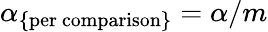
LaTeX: \alpha_{\mathrm{\{ per\ comparison\} }}={\alpha}/m